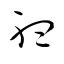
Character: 聴